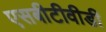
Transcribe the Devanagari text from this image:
एसबीटीवीडी